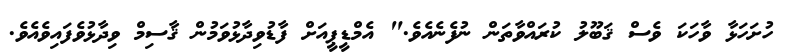
ހުށަހަޅާ ވާހަކަ ވެސް ޤަބޫލު ކުރައްވާތަން ނުފެނެއެވެ." އެމްޑީޕީއަށް ފާޑުވިދާޅުވަމުން ޤާސިމް ވިދާޅުވެފައިވެއެވެ.